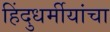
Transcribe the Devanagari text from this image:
हिंदुधर्मीयांचा